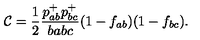
{ \cal C } = \frac { 1 } { 2 } \frac { p _ { a b } ^ { + } p _ { b c } ^ { + } } { b a b c } ( 1 - f _ { a b } ) ( 1 - f _ { b c } ) .